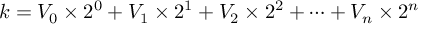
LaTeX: k = V _ { 0 } \times 2 ^ { 0 } + V _ { 1 } \times 2 ^ { 1 } + V _ { 2 } \times 2 ^ { 2 } + \dots + V _ { n } \times 2 ^ { n }